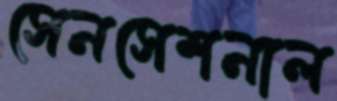
সেনসেশনাল